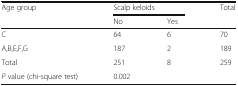
<table><thead><tr><td rowspan="2"><b>Age group</b></td><td colspan="2"><b>Scalp keloids</b></td><td rowspan="2"><b>Total</b></td></tr><tr><td><b>No</b></td><td><b>Yes</b></td></tr></thead><tbody><tr><td>C</td><td>64</td><td>6</td><td>70</td></tr><tr><td>A,B,E,F,G</td><td>187</td><td>2</td><td>189</td></tr><tr><td>Total</td><td>251</td><td>8</td><td>259</td></tr><tr><td><i>P</i> value (chi-square test)</td><td colspan="2">0.002</td><td>[EMPTY_CELL]</td></tr></tbody></table>